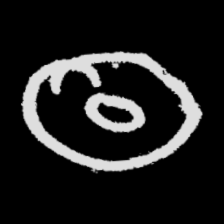
Pyu character \u2014 Myanmar letter: ထ (romanized: tha)